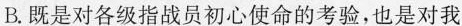
B.既是对各级指战员初心使命的考验，也是对我